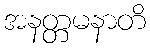
အနတ္တမနာတိ